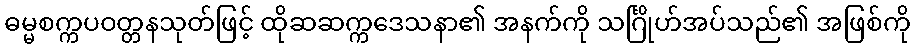
ဓမ္မစက္ကပဝတ္တနသုတ်ဖြင့် ထိုဆဆက္ကဒေသနာ၏ အနက်ကို သင်္ဂြိုဟ်အပ်သည်၏ အဖြစ်ကို